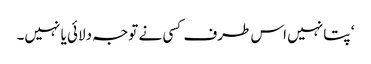
‘ پتا نہیں اس طرف کسی نے توجہ دلائی یا نہیں۔